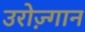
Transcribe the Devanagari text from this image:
उरोज़्गान